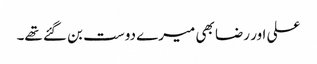
علی اور رضا بھی میرے دوست بن گئے تھے۔